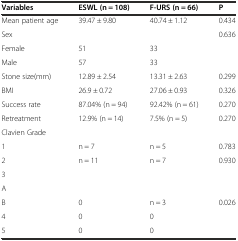
<table><thead><tr><td><b>Variables</b></td><td><b>ESWL (n = 108)</b></td><td><b>F-URS (n = 66)</b></td><td><b>P</b></td></tr></thead><tbody><tr><td>Mean patient age</td><td>39.47 ± 9.80</td><td>40.74 ± 1.12</td><td>0.434</td></tr><tr><td>Sex</td><td></td><td></td><td>0.636</td></tr><tr><td>Female</td><td>51</td><td>33</td><td></td></tr><tr><td>Male</td><td>57</td><td>33</td><td></td></tr><tr><td>Stone size(mm)</td><td>12.89 ± 2.54</td><td>13.31 ± 2.63</td><td>0.299</td></tr><tr><td>BMI</td><td>26.9 ± 0.72</td><td>27.06 ± 0.93</td><td>0.326</td></tr><tr><td>Success rate</td><td>87.04% (n = 94)</td><td>92.42% (n = 61)</td><td>0.270</td></tr><tr><td>Retreatment</td><td>12.9% (n = 14)</td><td>7.5% (n = 5)</td><td>0.270</td></tr><tr><td>Clavien Grade</td><td></td><td></td><td></td></tr><tr><td>1</td><td>n = 7</td><td>n = 5</td><td>0.783</td></tr><tr><td>2</td><td>n = 11</td><td>n = 7</td><td>0.930</td></tr><tr><td>3</td><td></td><td></td><td></td></tr><tr><td>A</td><td></td><td></td><td></td></tr><tr><td>B</td><td>0</td><td>n = 3</td><td>0.026</td></tr><tr><td>4</td><td>0</td><td>0</td><td></td></tr><tr><td>5</td><td>0</td><td>0</td><td></td></tr></tbody></table>